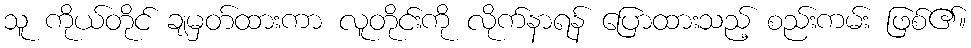
သူ ကိုယ်တိုင် ချမှတ်ထားကာ လူတိုင်းကို လိုက်နာရန် ပြောထားသည့် စည်းကမ်း ဖြစ်၏။